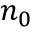
n _ { 0 }